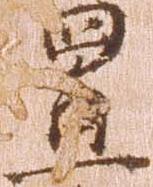
置